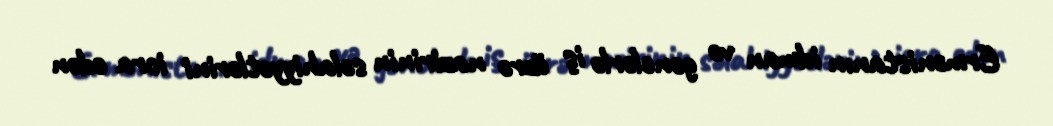
Ermənistanın idman və gənclərlə iş üzrə nazirinin səlahiyyətlərini icra edən